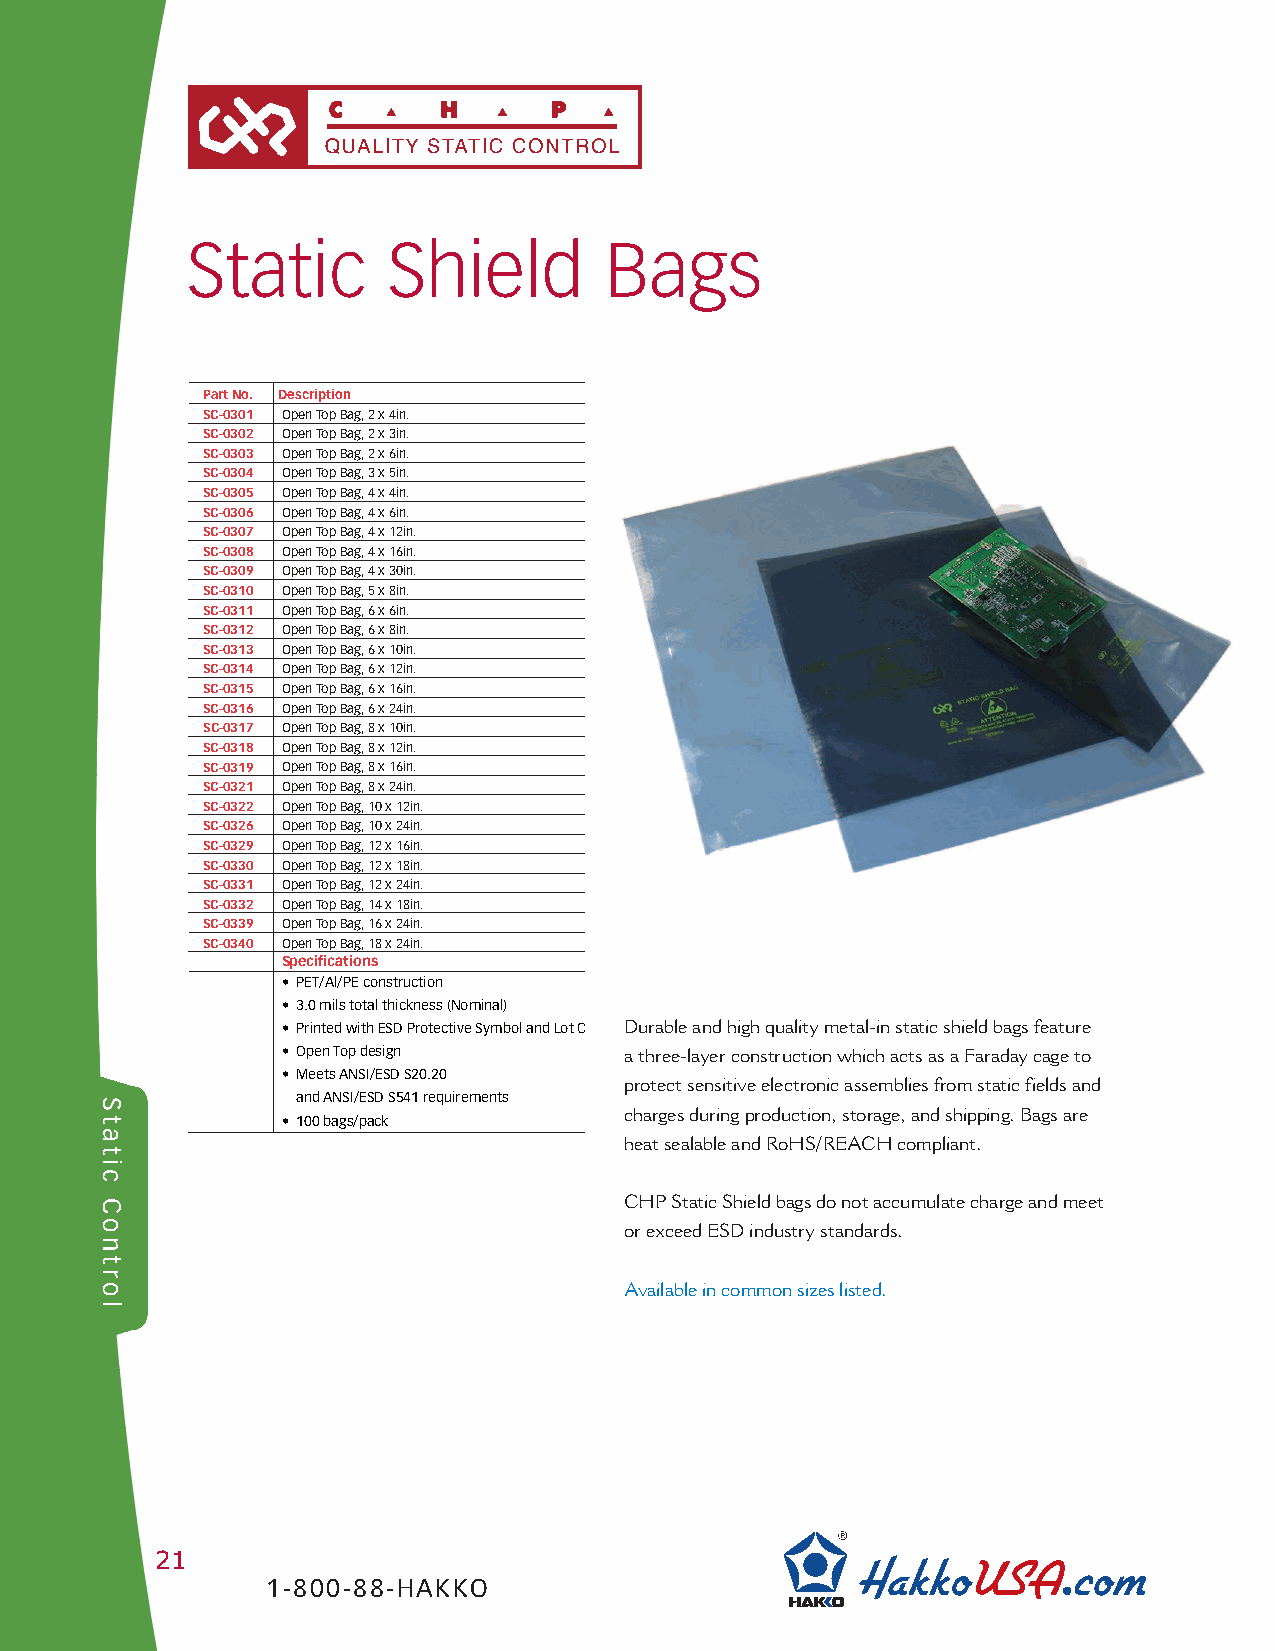
Static        Shield        Bags
 PartNo. Description
 SC-0301 OpenTopBag,2x4in.
 SC-0302 OpenTopBag,2x3in.
 SC-0303 OpenTopBag,2x6in.
 SC-0304 OpenTopBag,3x5in.
 SC-0305 OpenTopBag,4x4in.
 SC-0306 OpenTopBag,4x6in.
 SC-0307 OpenTopBag,4x12in.
 SC-0308 OpenTopBag,4x16in.
 SC-0309 OpenTopBag,4x30in.
 SC-0310 OpenTopBag,5x8in.
 SC-0311 OpenTopBag,6x6in.
 SC-0312 OpenTopBag,6x8in.
 SC-0313 OpenTopBag,6x10in.
 SC-0314 OpenTopBag,6x12in.
 SC-0315 OpenTopBag,6x16in.
 SC-0316 OpenTopBag,6x24in.
 SC-0317 OpenTopBag,8x10in.
 SC-0318 OpenTopBag,8x12in.
 SC-0319 OpenTopBag,8x16in.
 SC-0321 OpenTopBag,8x24in.
 SC-0322 OpenTopBag,10x12in.
 SC-0326 OpenTopBag,10x24in.
 SC-0329 OpenTopBag,12x16in.
 SC-0330 OpenTopBag,12x18in.
 SC-0331 OpenTopBag,12x24in.
 SC-0332 OpenTopBag,14x18in.
 SC-0339 OpenTopBag,16x24in.
 SC-0340 OpenTopBag,18x24in.
 Specifications
 • PET/Al/PEconstruction
 • 3.0milstotalthickness(Nominal)
 • PrintedwithESDProtectiveSymbolandLotC Durableandhighqualitymetal-instaticshieldbagsfeature
 • OpenTopdesign       athree-layerconstructionwhichactsasaFaradaycageto
 • MeetsANSI/ESDS20.20
 protectsensitiveelectronicassembliesfromstaticfieldsand
 S             andANSI/ESDS541requirements
 chargesduringproduction,storage,andshipping.Bagsare
 t            • 100bags/pack
 a
 heatsealableandRoHS/REACHcompliant.
 t
 i
 c
 C                                 CHPStaticShieldbagsdonotaccumulatechargeandmeet
 o                                 orexceedESDindustrystandards.
 n
 t
 r
 o                                 Availableincommonsizeslisted.
 l
 21
 1-800-88-HAKKO